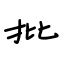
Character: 批